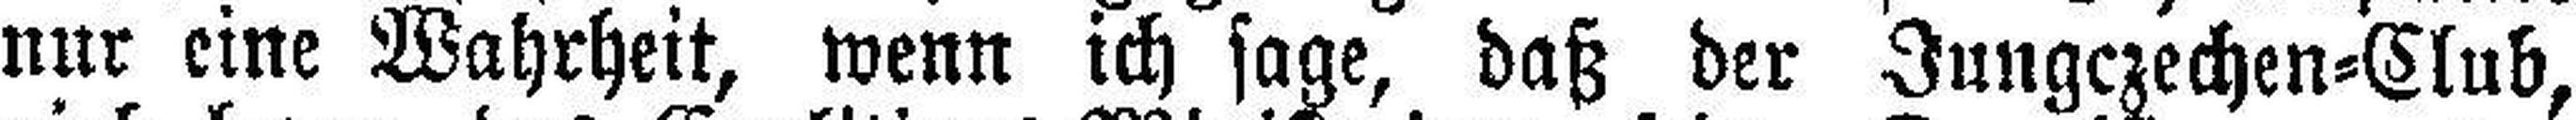
nur eine Wahrheit, wenn ich sage, daß der Jungczechen=Club,